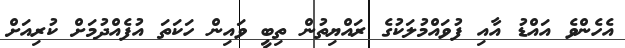
އެހެންވެ އައްޑު އާއި ފުވައްމުލަކުގެ ރައްޔިތުން ތިބީ ވައިން ހަކަތަ އުފެއްދުމަށް ކުރިއަށް